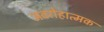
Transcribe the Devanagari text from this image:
अवरोहात्मक